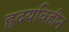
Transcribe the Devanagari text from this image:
हृदयविहीन